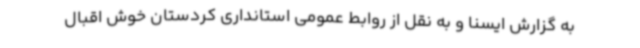
به گزارش ایسنا و به نقل از روابط عمومی استانداری کردستان خوش اقبال